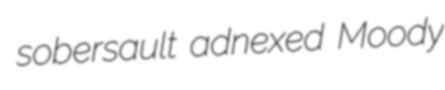
sobersault adnexed Moody